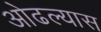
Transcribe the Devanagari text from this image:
ओढल्यास